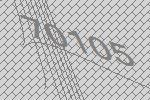
70105